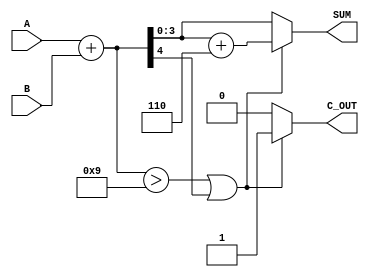
module BCD_Adder (
    input  [3:0] A,      // First BCD digit
    input  [3:0] B,      // Second BCD digit
    output reg [3:0] SUM, // Resultant BCD digit
    output reg C_OUT      // Carry out signal
);

    wire [4:0] binary_sum; // 5-bit wire to hold the binary sum
    wire correction_needed; // Flag to indicate if correction is needed

    // Step 1: Perform binary addition
    assign binary_sum = A + B;

    // Step 2: Determine if correction is needed
    assign correction_needed = (binary_sum > 9) || (binary_sum[4]); // Check if sum exceeds 9 or if there is a carry

    // Step 3: Compute the BCD sum and carry out
    always @(*) begin
        if (correction_needed) begin
            SUM = binary_sum + 5'b00110; // Add 6 to correct the BCD
            C_OUT = 1; // Set carry out
        end else begin
            SUM = binary_sum[3:0]; // No correction needed, take lower 4 bits
            C_OUT = 0; // No carry out
        end
    end

endmodule